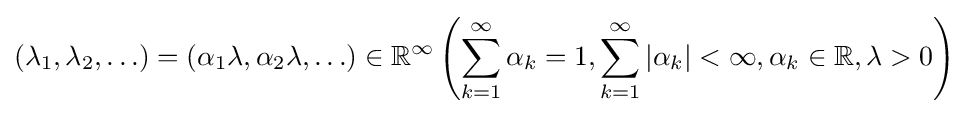
(\lambda _{1},\lambda _{2},\ldots )=(\alpha _{1}\lambda ,\alpha _{2}\lambda ,\ldots )\in \mathbb {R} ^{\infty }\left(\sum _{k=1}^{\infty }\alpha _{k}=1,\sum \limits _{k=1}^{\infty }|\alpha _{k}|<\infty ,\alpha _{k}\in \mathbb {R} ,\lambda >0\right)